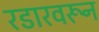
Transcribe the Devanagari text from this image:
रडारवरून